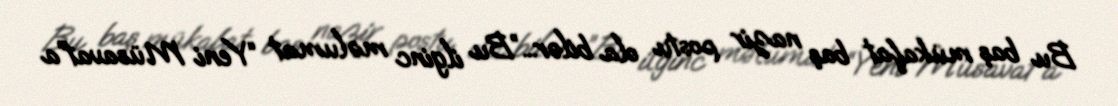
Bu baş mükafat baş nazir postu ola bilər...”Bu ilginc məlumat “Yeni Müsavat”a